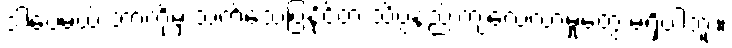
ဒါပေမယ့် ဘာကိုမှ သက်သေပြနိုင်တဲ့ သိပ္ပံနည်းကျလေ့လာမှုတွေ မရှိပါဘူး။